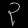
Digit: ၃